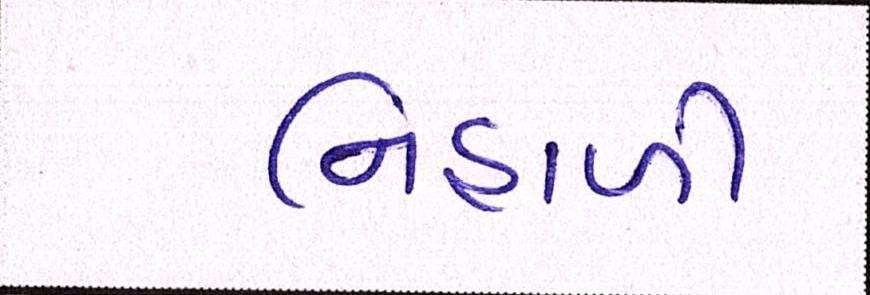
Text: નિહાળી